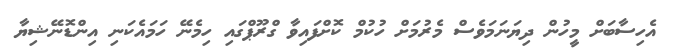
އެހިސާބަށް މީހުން ދިޔަނަމަވެސް މެރުމަށް ހުކުމް ކޮށްފައިވާ ގްރޫޕްގައި ހިމެނޭ ހަމައެކަނި އިންޑޮނޭޝިޔާ